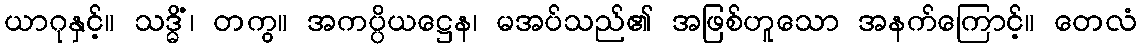
ယာဂုနှင့်။ သဒ္ဓိံ၊ တကွ။ အကပ္ပိယဋ္ဌေန၊ မအပ်သည်၏ အဖြစ်ဟူသော အနက်ကြောင့်။ တေလံ